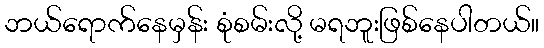
ဘယ်ရောက်နေမှန်း စုံစမ်းလို့ မရဘူးဖြစ်နေပါတယ်။